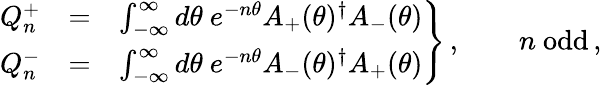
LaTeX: \left.\begin{array}{rcl}{{Q_{n}^{+}}}&{{=}}&{{\int_{-\infty}^{\infty}d\theta\ e^{-n\theta}A_{+}(\theta)^{\dagger}A_{-}(\theta)}}\\ {{Q_{n}^{-}}}&{{=}}&{{\int_{-\infty}^{\infty}d\theta\ e^{-n\theta}A_{-}(\theta)^{\dagger}A_{+}(\theta)}}\end{array}\right\} \, ,\qquad n{\mathrm{~odd}}\, ,